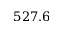
5 2 7 . 6